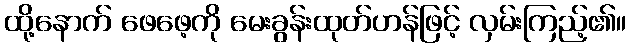
ထို့နောက် ဖေဖေ့ကို မေးခွန်းထုတ်ဟန်ဖြင့် လှမ်းကြည့်၏။